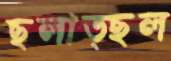
ছলাত্ছল